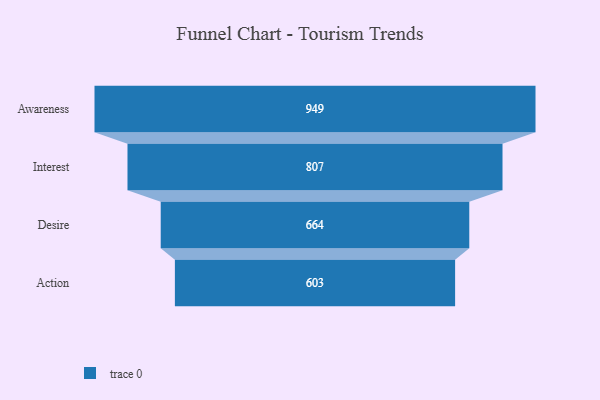
{"axis": {"x": "Stage", "y": "Value"}, "legend": [""], "data": [{"x": "Awareness", "y": 949.0, "type": ""}, {"x": "Interest", "y": 807.0, "type": ""}, {"x": "Desire", "y": 664.0, "type": ""}, {"x": "Action", "y": 603.0, "type": ""}]}